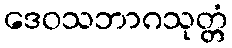
ဒေဝသဘာဂသုတ္တံ